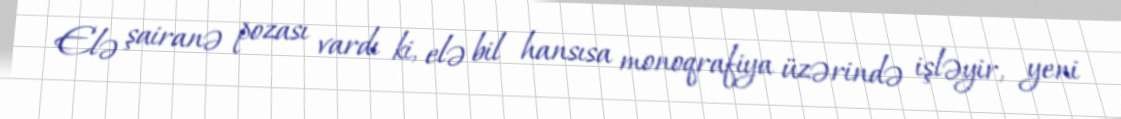
Elə şairanə pozası vardı ki, elə bil hansısa monoqrafiya üzərində işləyir, yeni